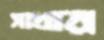
সাধার